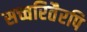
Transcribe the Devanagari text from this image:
सच्चरितैरपि